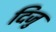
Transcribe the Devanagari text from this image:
दिजु